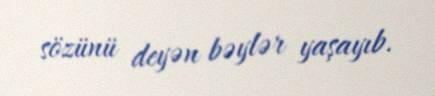
sözünü deyən bəylər yaşayıb.